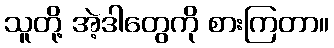
သူတို့ အဲ့ဒါတွေကို စားကြတာ။